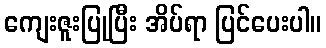
ကျေးဇူးပြုပြီး အိပ်ရာ ပြင်ပေးပါ။